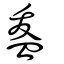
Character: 盋